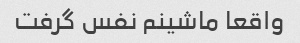
واقعا ماشینم نفس گرفت